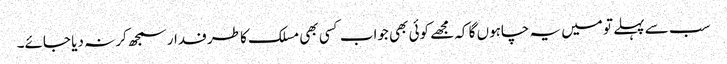
سب سے پہلے تو میں یہ چاہوں گا کہ مجھے کوئی بھی جواب کسی بھی مسلک کا طرفدار سمجھ کر نہ دیا جائے۔